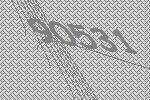
90531